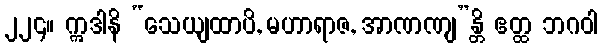
၂၂၄။ ဣဒါနိ “သေယျထာပိ, မဟာရာဇ, အာဏဏျ”န္တိ ဧတ္ထ ဘဂဝါ